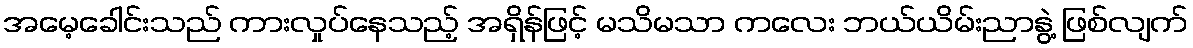
အမေ့ခေါင်းသည် ကားလှုပ်နေသည့် အရှိန်ဖြင့် မသိမသာ ကလေး ဘယ်ယိမ်းညာနွဲ့ ဖြစ်လျက်